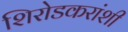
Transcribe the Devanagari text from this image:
शिरोडकरांशी